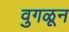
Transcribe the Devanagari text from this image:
वुगळून